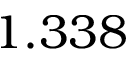
1 . 3 3 8